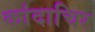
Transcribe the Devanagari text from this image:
कांदाचिर